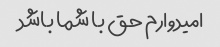
امیدوارم حق با شما باشد